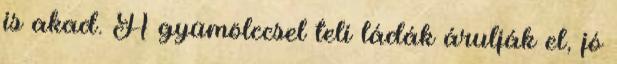
is akad. A gyümölccsel teli ládák árulják el, jó